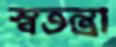
স্বতন্ত্রা